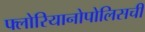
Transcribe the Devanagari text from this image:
फ्लोरियानोपोलिसची